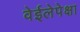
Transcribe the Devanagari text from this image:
वेईलेपेक्षा